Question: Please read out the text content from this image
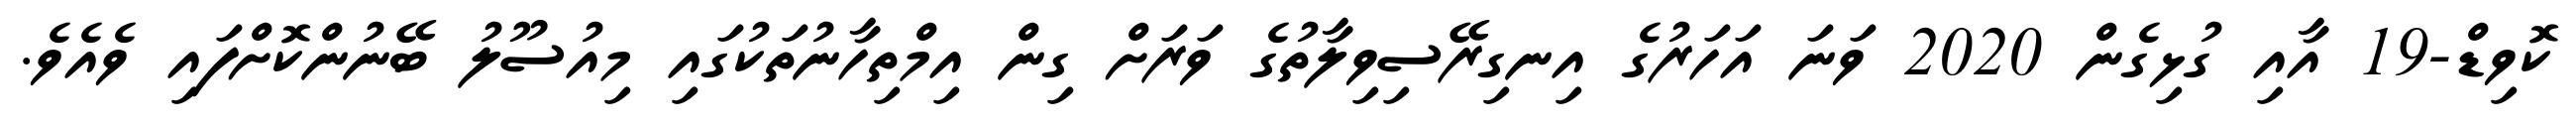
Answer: ކޮވިޑް-19 އާއި ގުޅިގެން 2020 ވަނަ އަހަރުގެ އިނގިރޭސިވިލާތުގެ ވަރަށް ގިން އިމްތިހާނުތަކުގައި މިއުސޫލު ބޭނުންކޮށްފައި ވެއެވެ.